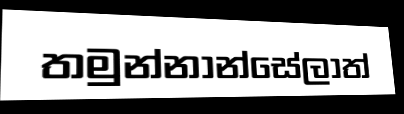
තමුන්නාන්සේලාත්